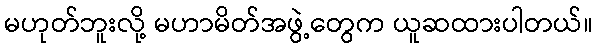
မဟုတ်ဘူးလို့ မဟာမိတ်အဖွဲ့တွေက ယူဆထားပါတယ်။